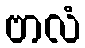
ဗာလံ